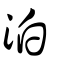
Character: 泊